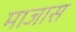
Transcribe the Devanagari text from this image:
माजास